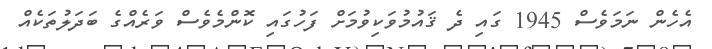
އެހެން ނަމަވެސް 1945 ގައި ދެ ޤައުމުވަކިވުމަށް ފަހުގައި ކޮންމެވެސް ވަރެއްގެ ބަދަލުތަކެއް